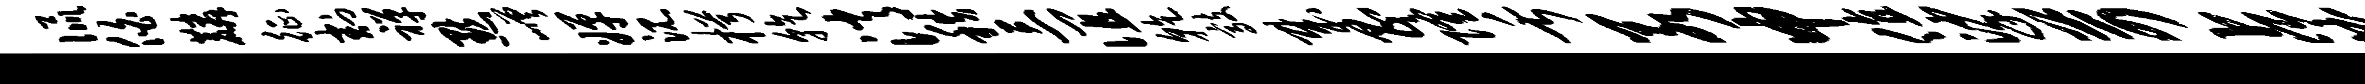
侃伯麟征割禅默嵯婵沉枵乾消秩三谊干敲哉昌隆舌若申值挲苛占曲